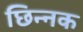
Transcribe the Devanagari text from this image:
छिन्नक